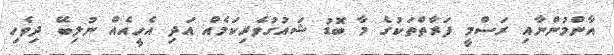
އާންމުންނާއި ރަސްމީ ފަރާތްތަކުގެ މާ ބޮޑު ޝައުގުވެރިކަމެއް އަދި އެހީއެއް ނުލިބޭ ދިވެހި